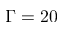
\Gamma = 2 0